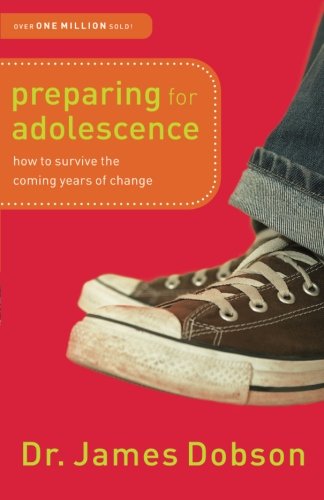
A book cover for Preparing for Adolescence: How to Survive the Coming Years of Change; Dr. James Dobson; Christian Books & Bibles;